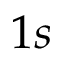
1 s